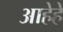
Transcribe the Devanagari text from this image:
आहेहे